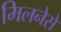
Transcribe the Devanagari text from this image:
मिलनेसे